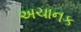
અચાનક